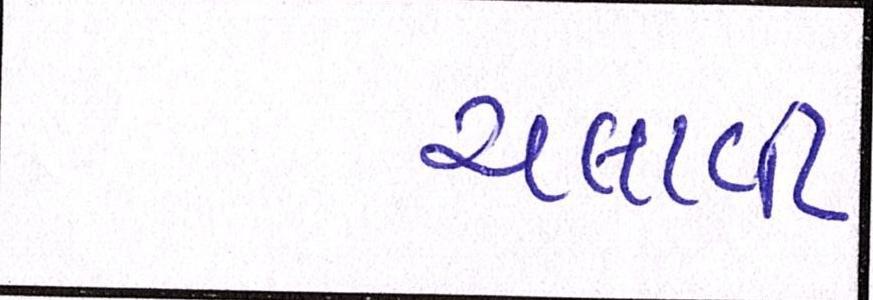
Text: ચલાવી